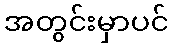
အတွင်းမှာပင်